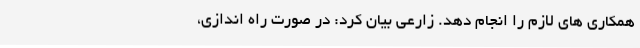
همکاری های لازم را انجام دهد. زارعی بیان کرد: در صورت راه اندازی،